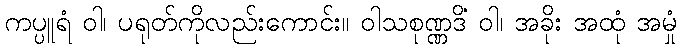
ကပ္ပူရံ ဝါ၊ ပရုတ်ကိုလည်းကောင်း။ ဝါသစုဏ္ဏဒိံ ဝါ၊ အခိုး အထုံ အမှုံ